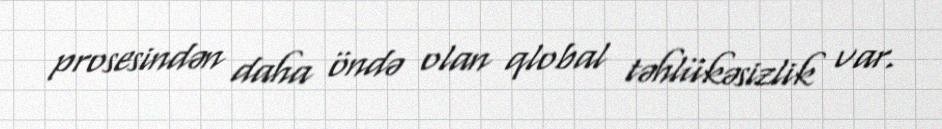
prosesindən daha öndə olan qlobal təhlükəsizlik var.